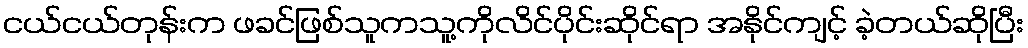
ငယ်ငယ်တုန်းက ဖခင်ဖြစ်သူကသူ့ကိုလိင်ပိုင်းဆိုင်ရာ အနိုင်ကျင့် ခဲ့တယ်ဆိုပြီး